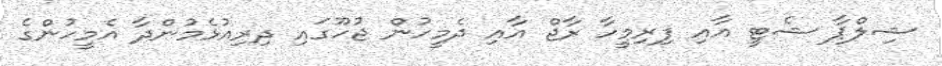
ޝިލްޕާ ޝެޓީ އާއި ފިރިމީހާ ރާޖް އާއި ދެމީހުން ޖުހޫގައި ދިރިއުޅެމުންދާ އެމީހުންގެ